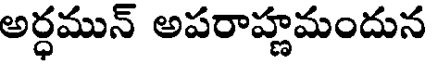
అర్ధమున్ అపరాహ్ణమందున